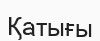
Қатығы